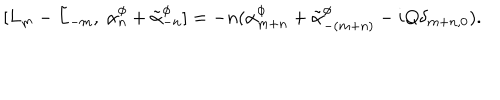
[ L _ { m } - \tilde { L } _ { - m } , ~ \alpha _ { n } ^ { \phi } + \tilde { \alpha } _ { - n } ^ { \phi } ] = - n ( \alpha _ { m + n } ^ { \phi } + \tilde { \alpha } _ { - ( m + n ) } ^ { \phi } - i Q \delta _ { m + n , 0 } ) .